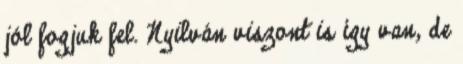
jól fogjuk fel. Nyilván viszont is így van, de